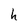
Character: h